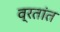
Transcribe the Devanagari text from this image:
व्रतांत